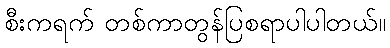
စီးကရက် တစ်ကာတွန်ပြစရာပါပါတယ်။